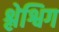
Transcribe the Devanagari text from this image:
श्लेश्विग